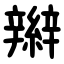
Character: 辮